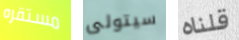
مستقره سيتولى قلناه